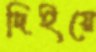
দিইয়ে